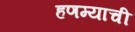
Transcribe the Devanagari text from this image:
हणम्याची